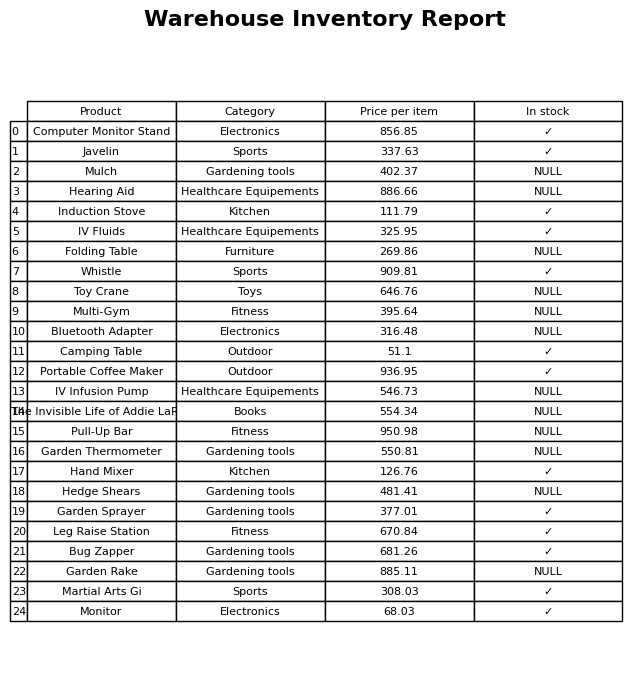
question: What is the price of the Bug Zapper?
answer: The price of Bug Zapper is 681.26.